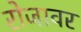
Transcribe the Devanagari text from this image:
रोजावर